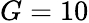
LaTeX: G=10